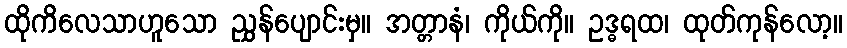
ထိုကိလေသာဟူသော ညွှန်ပျောင်းမှ။ အတ္တာနံ၊ ကိုယ်ကို။ ဥဒ္ဓရထ၊ ထုတ်ကုန်လော့။